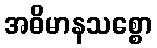
အဓိမာနသစ္စော